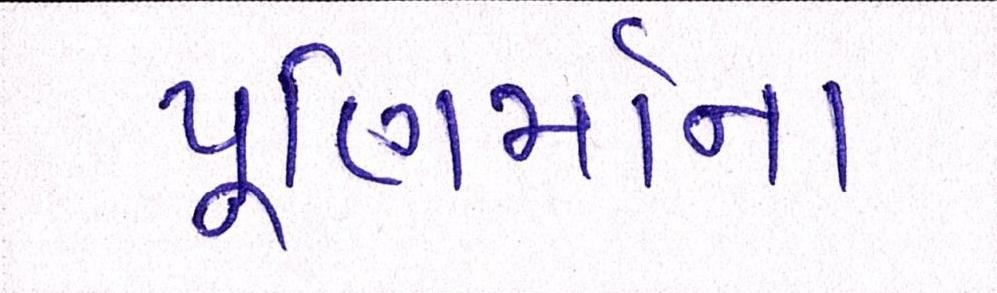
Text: પૂણિર્માના